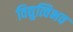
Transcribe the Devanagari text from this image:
विद्युत्विभव